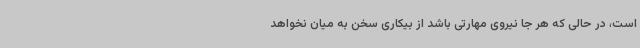
است، در حالی که هر جا نیروی مهارتی باشد از بیکاری سخن به میان نخواهد